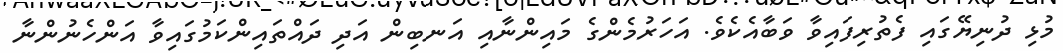
މުޅި ދުނިޔޭގައި ފެތުރިފައިވާ ވަބާއެކެވެ. އަހަރުމެންގެ މައިންނާއި އަނބިން އަދި ދައްތައިންކަމުގައިވާ އަންހެނުންނާ